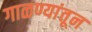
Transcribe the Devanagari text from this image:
गाळण्यांतून